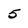
Character: 5